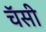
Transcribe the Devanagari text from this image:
चॅसी